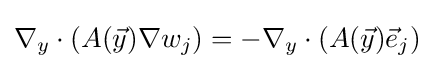
\nabla _{y}\cdot \left(A({\vec {y}})\nabla w_{j}\right)=-\nabla _{y}\cdot \left(A({\vec {y}}){\vec {e}}_{j}\right)